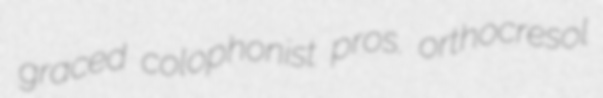
graced colophonist pros. orthocresol